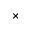
\times